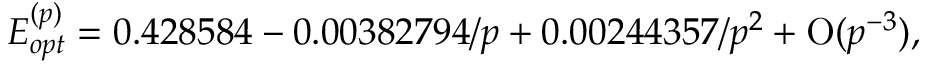
E _ { o p t } ^ { ( p ) } = 0 . 4 2 8 5 8 4 - 0 . 0 0 3 8 2 7 9 4 / p + 0 . 0 0 2 4 4 3 5 7 / p ^ { 2 } + \mathrm { O } ( p ^ { - 3 } ) ,